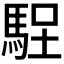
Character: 𱄘